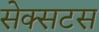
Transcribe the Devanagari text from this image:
सेक्सटस